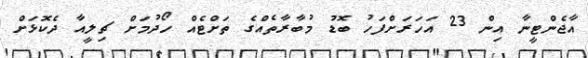
އާޖެންޓީނާ އިން 23 އަހަރަށްފަހު ބޮޑު މުބާރާތެއްގެ ތަށްޓެއް ހޯދުމަށް ޗިލީއާ ދެކޮޅަށް